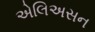
એલિઅસન